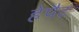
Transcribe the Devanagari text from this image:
हेपैट